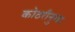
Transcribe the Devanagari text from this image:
कोठरीनुमा